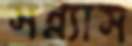
সন্ন্যাস